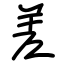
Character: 差